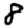
Digit: 8